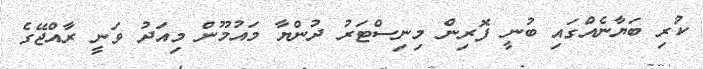
ކުރި ބަޔާނެއްގައި ބުނީ ފޮރިން މިނިސްޓަރު ދުންޔާ މައުމޫން މިއަދު ވަނީ ރާއްޖޭގެ